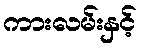
ကားလမ်းနှင့်